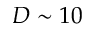
D \sim 1 0